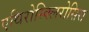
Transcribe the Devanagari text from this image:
एथिरोस्क्लिरोसिस